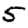
Digit: 5